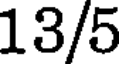
13/5